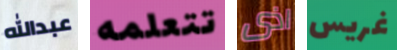
عبدالله تتعلمه اذى غريس